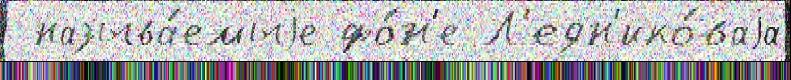
 называ́емыjе фо́н'е Л'едн'ико́ваjа